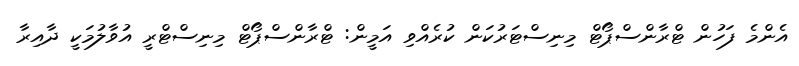
އެންމެ ފަހުން ޓްރާންސްޕޯޓް މިނިސްޓަރުކަން ކުރެއްވި އަމީން: ޓްރާންސްޕޯޓް މިނިސްޓްރީ އުވާލުމަކީ ދާއިރާ